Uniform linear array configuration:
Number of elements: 64
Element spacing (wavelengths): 1
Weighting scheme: uniform
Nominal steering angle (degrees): -30
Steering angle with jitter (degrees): -30.595
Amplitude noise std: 0.05
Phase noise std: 0.05

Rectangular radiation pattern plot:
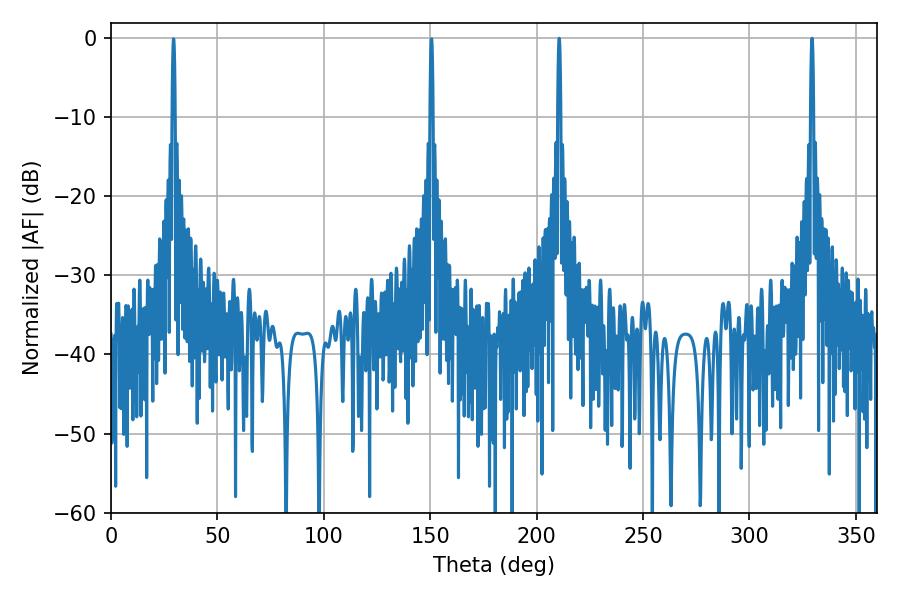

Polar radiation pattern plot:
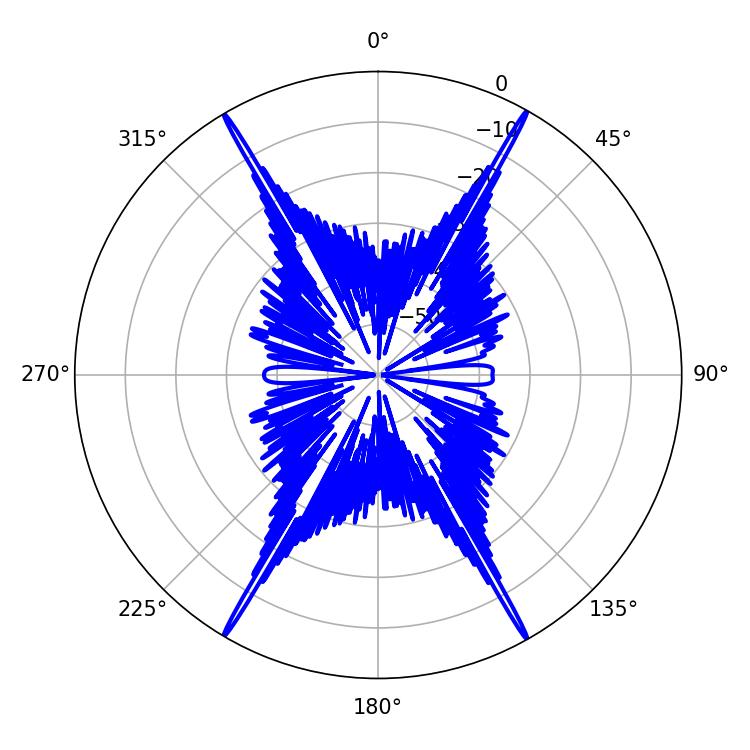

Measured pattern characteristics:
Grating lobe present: TRUE
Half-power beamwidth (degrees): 0.72
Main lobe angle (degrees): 210.6